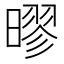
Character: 㬔